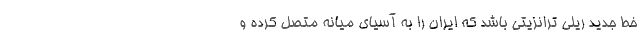
خط جدید ریلی ترانزیتی باشد که ایران را به آسیای میانه متصل کرده و